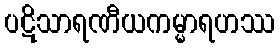
ပဋိသာရဏီယကမ္မာရဟဿ